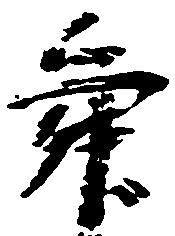
舜